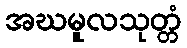
အဃမူလသုတ္တံ